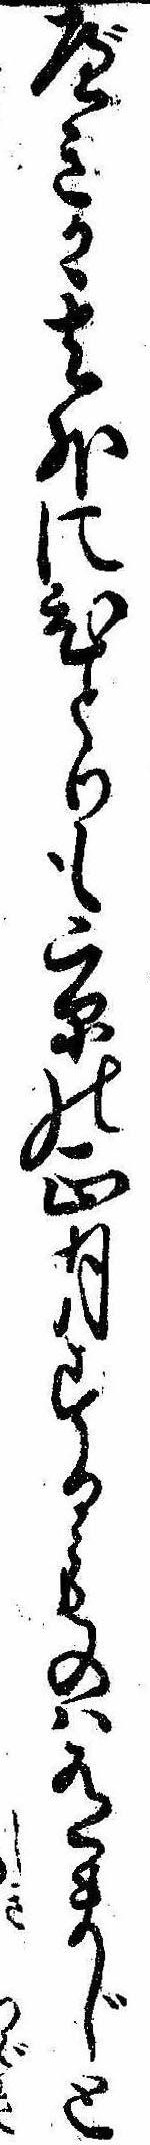
べきか其外にひとりも京の正月するものは有まじと